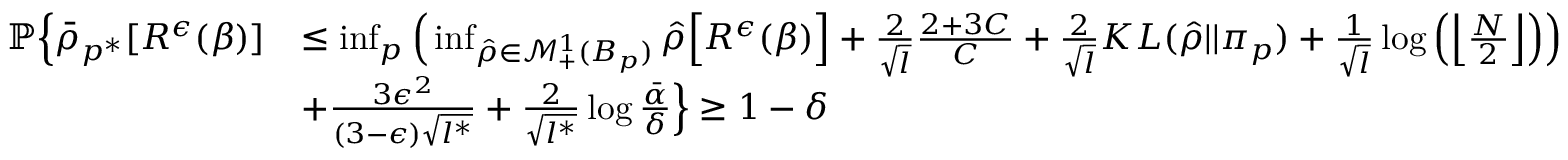
\begin{array} { r l } { \mathbb { P } \Big \{ \bar { \rho } _ { p ^ { * } } [ R ^ { \epsilon } ( \beta ) ] } & { \leq \operatorname* { i n f } _ { p } \Big ( \operatorname* { i n f } _ { \hat { \rho } \in \mathcal { M } _ { + } ^ { 1 } ( B _ { p } ) } \hat { \rho } \Big [ R ^ { \epsilon } ( \beta ) \Big ] + \frac { 2 } { \sqrt { l } } \frac { 2 + 3 C } { C } + \frac { 2 } { \sqrt { l } } K L ( \hat { \rho } | | \pi _ { p } ) + \frac { 1 } { \sqrt { l } } \log \Big ( \Big \lfloor \frac { N } { 2 } \Big \rfloor \Big ) \Big ) } \\ & { + \frac { 3 \epsilon ^ { 2 } } { ( 3 - \epsilon ) \sqrt { l ^ { * } } } + \frac { 2 } { \sqrt { l ^ { * } } } \log \frac { \bar { \alpha } } { \delta } \Big \} \geq 1 - \delta } \end{array}